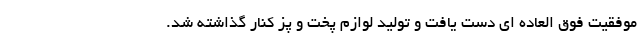
موفقیت فوق العاده ای دست یافت و تولید لوازم پخت و پز کنار گذاشته شد.